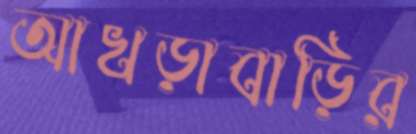
আখড়াবাড়ির